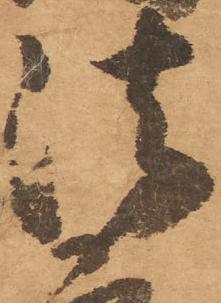
法